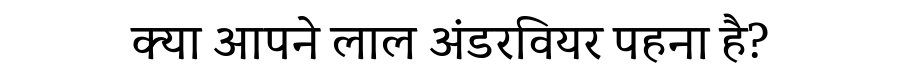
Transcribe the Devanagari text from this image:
क्या आपने लाल अंडरवियर पहना है?